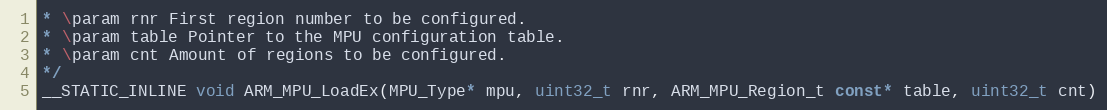
Language: C
* \param rnr First region number to be configured.
* \param table Pointer to the MPU configuration table.
* \param cnt Amount of regions to be configured.
*/
__STATIC_INLINE void ARM_MPU_LoadEx(MPU_Type* mpu, uint32_t rnr, ARM_MPU_Region_t const* table, uint32_t cnt)